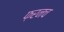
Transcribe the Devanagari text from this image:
फ़रनच